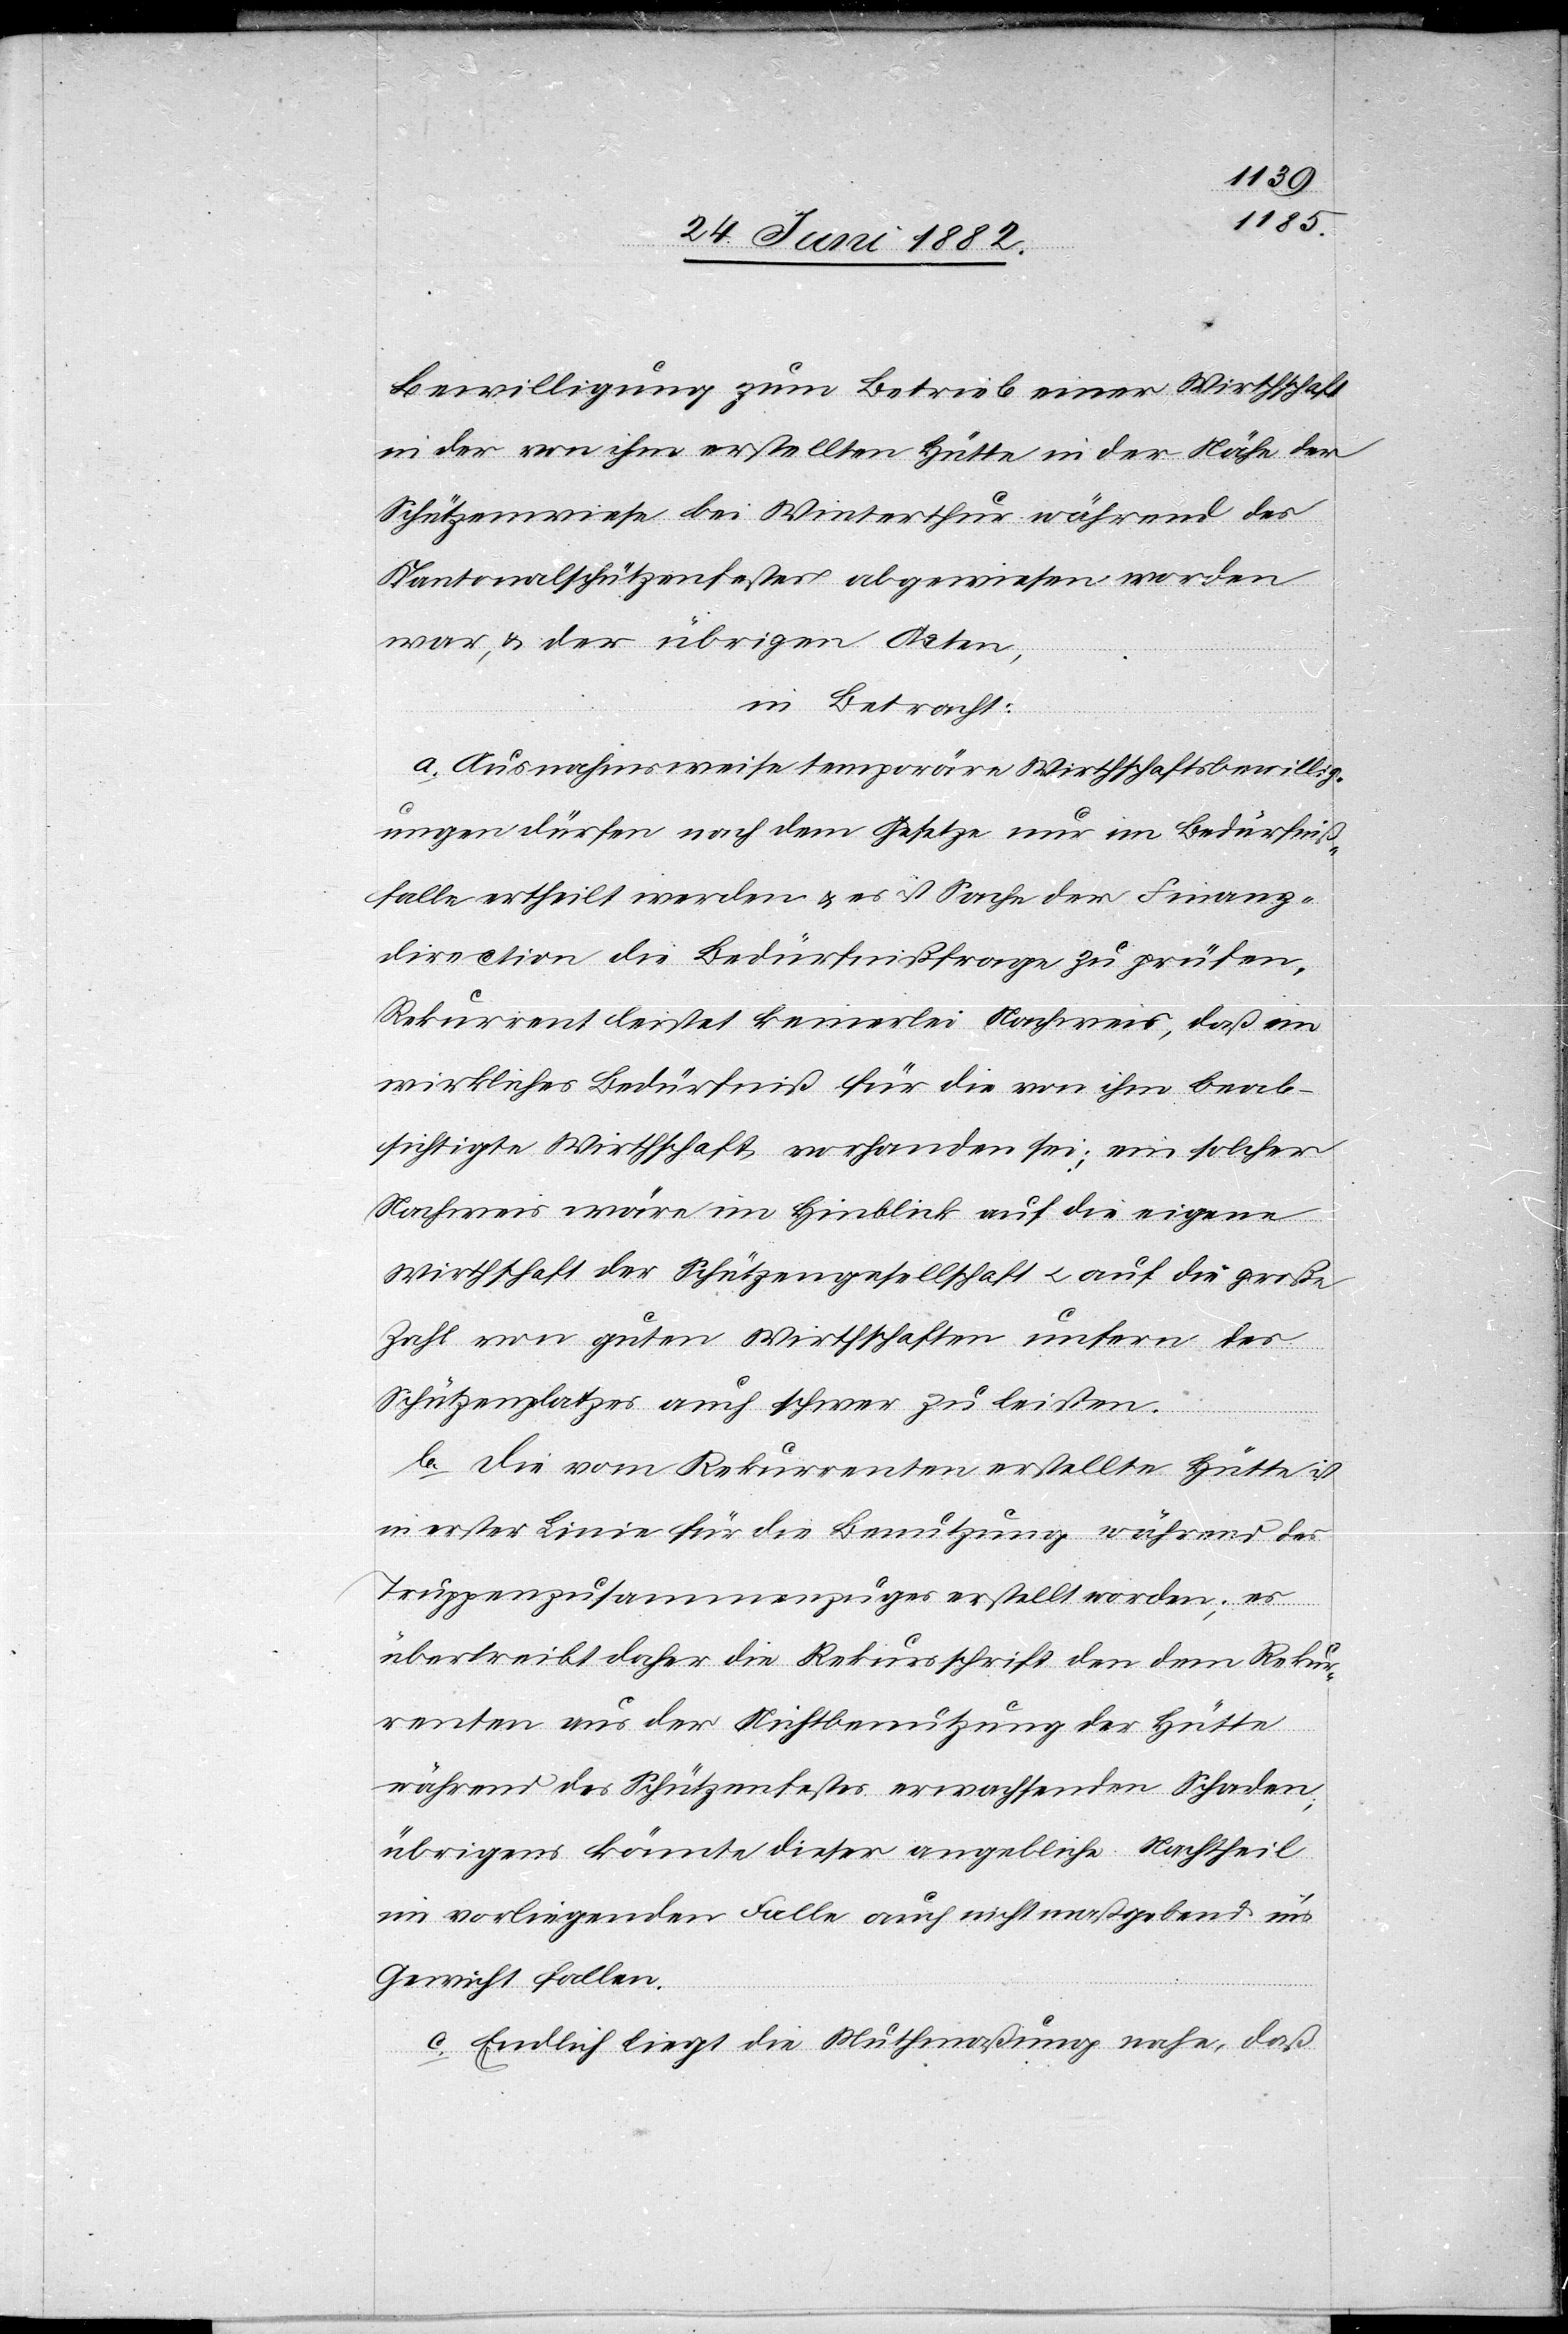
Bewilligung zum Betrieb einer Wirthschaft
in der von ihm erstellten Hütte in der Nähe der
Schützenwiese bei Winterthur während des
Kantonalschützenfestes abgewiesen worden
war, & der übrigen Akten,
in Betracht:
a. Ausnahmsweise temporäre Wirthschaftsbewillig¬
ungen dürfen nach dem Gesetze nur im Bedürfniß¬
falle ertheilt werden u. es ist Sache der Finanz¬
direction die Bedürfnißfrage zu prüfen.
Rekurrent leistet keinerlei Nachweis, daß ein
wirkliches Bedürfniß für die von ihm beab¬
sichtigte Wirthschaft vorhanden sei; ein solcher
Nachweis wäre im Hinblick auf die eigene
Wirthschaft der Schützengesellschaft u. auf die große
Zahl von guten Wirtschaften unfern des
Schützenplatzes auch schwer zu leisten.
b. Die vom Rekurrenten erstellte Hütte ist
in erster Linie für die Benützung während des
Truppenzusammenzuges erstellt worden; es
übertreibt daher die Rekursschrift den dem Rekur¬
renten aus der Nichtbenutzung der Hütte
während des Schützenfestes erwachsenden Schaden;
übrigens könnte dieser angebliche Nachtheil
im vorliegenden Falle auch nicht maßgebend in’s
Gewicht fallen.
c. Endlich liegt die Muthmaßung nahe, daß